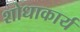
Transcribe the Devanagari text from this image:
शोधाकार्य